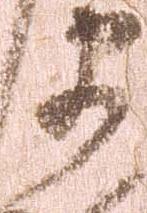
衛